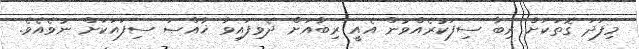
މިފަދަ ގޮތަކަށް ރިބާ ސިފަކުރެއްވުން އެއީ ރިބާއަށް ދެވިފައިވާ ޚާއްޞަ ސިފައަކަށް ނުވެއެވެ.